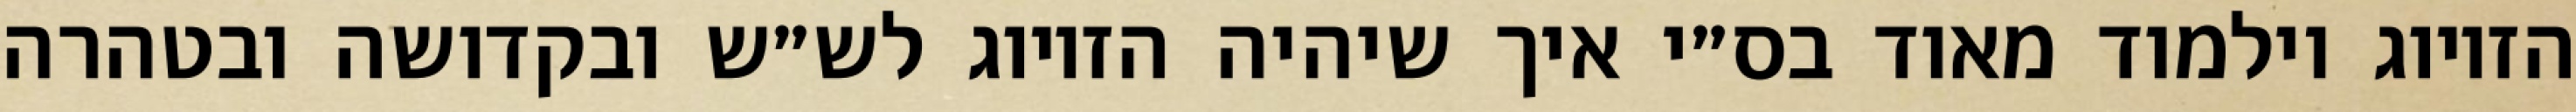
הזיווג וילמוד מאוד בס״י איך שיהיה הזיווג לש״ש ובקדושה ובטהרה